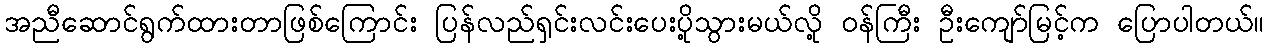
အညီဆောင်ရွက်ထားတာဖြစ်ကြောင်း ပြန်လည်ရှင်းလင်းပေးပို့သွားမယ်လို့ ဝန်ကြီး ဦးကျော်မြင့်က ပြောပါတယ်။